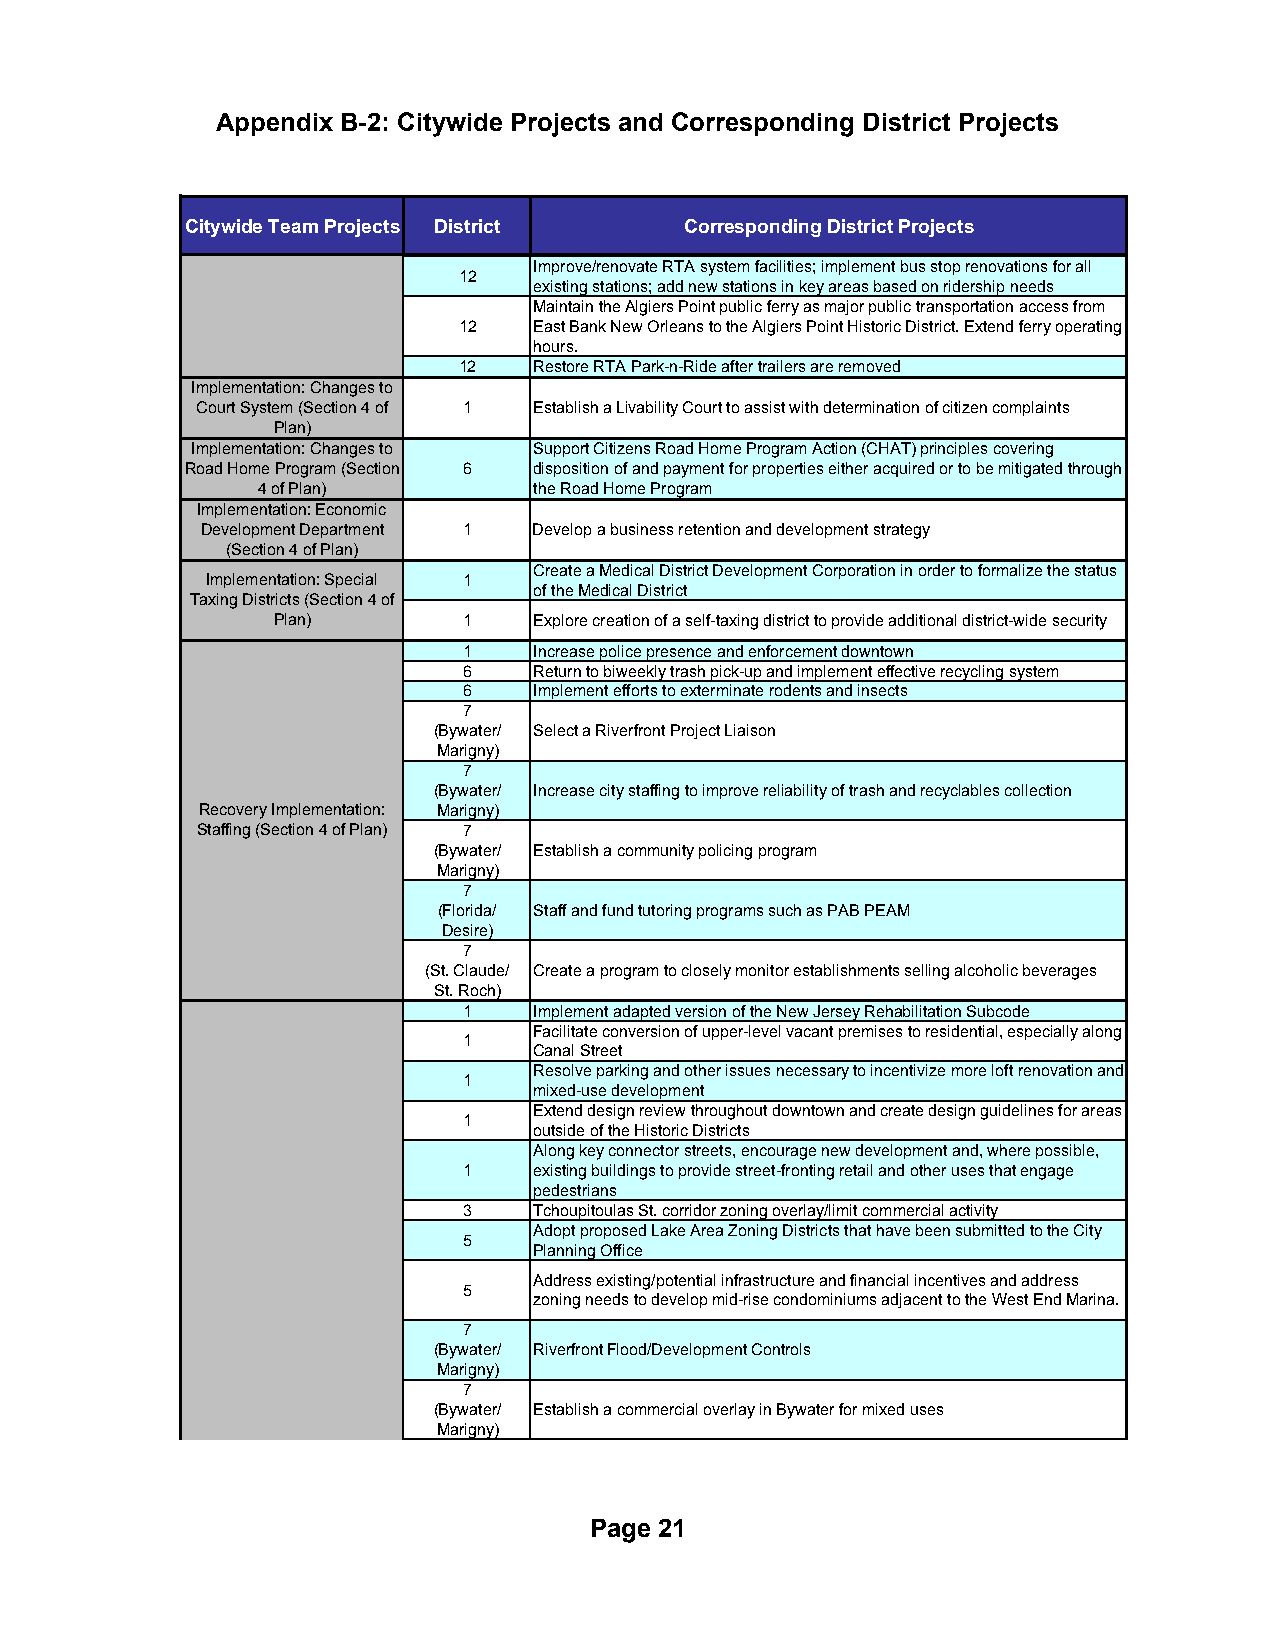
Appendix B-2: Citywide Projects and Corresponding District Projects
 Citywide Team Projects District  Corresponding District Projects
 Improve/renovate RTA system facilities; implement bus stop renovations for all
 12
 existing stations; add new stations in key areas based on ridership needs
 Maintain the Algiers Point public ferry as major public transportation access from
 12   East Bank New Orleans to the Algiers Point Historic District. Extend ferry operating
 hours.
 12   Restore RTA Park-n-Ride after trailers are removed
 Implementation: Changes to
 Court System (Section 4 of 1 Establish a Livability Court to assist with determination of citizen complaints
 Plan)
 Implementation: Changes to Support Citizens Road Home Program Action (CHAT) principles covering
 Road Home Program (Section 6 disposition of and payment for properties either acquired or to be mitigated through
 4 of Plan)        the Road Home Program
 Implementation: Economic
 Development Department 1 Develop a business retention and development strategy
 (Section 4 of Plan)
 Create a Medical District Development Corporation in order to formalize the status
 Implementation: Special 1
 of the Medical District
 Taxing Districts (Section 4 of
 Plan)        1   Explore creation of a self-taxing district to provide additional district-wide security
 1   Increase police presence and enforcement downtown
 6   Return to biweekly trash pick-up and implement effective recycling system
 6   Implement efforts to exterminate rodents and insects
 7
 (Bywater/ Select a Riverfront Project Liaison
 Marigny)
 7
 (Bywater/ Increase city staffing to improve reliability of trash and recyclables collection
 Recovery Implementation: Marigny)
 Staffing (Section 4 of Plan) 7
 (Bywater/ Establish a community policing program
 Marigny)
 7
 (Florida/ Staff and fund tutoring programs such as PAB PEAM
 Desire)
 7
 (St. Claude/ Create a program to closely monitor establishments selling alcoholic beverages
 St. Roch)
 1   Implement adapted version of the New Jersey Rehabilitation Subcode
 Facilitate conversion of upper-level vacant premises to residential, especially along
 1
 Canal Street
 Resolve parking and other issues necessary to incentivize more loft renovation and
 1
 mixed-use development
 Extend design review throughout downtown and create design guidelines for areas
 1
 outside of the Historic Districts
 Along key connector streets, encourage new development and, where possible,
 1   existing buildings to provide street-fronting retail and other uses that engage
 pedestrians
 3   Tchoupitoulas St. corridor zoning overlay/limit commercial activity
 Adopt proposed Lake Area Zoning Districts that have been submitted to the City
 5
 Planning Office
 Address existing/potential infrastructure and financial incentives and address
 5
 zoning needs to develop mid-rise condominiums adjacent to the West End Marina.
 7
 (Bywater/ Riverfront Flood/Development Controls
 Marigny)
 7
 (Bywater/ Establish a commercial overlay in Bywater for mixed uses
 Marigny)
 Page 21